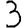
Digit: 3